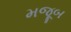
મજૂબ